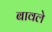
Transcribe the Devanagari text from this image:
बावले